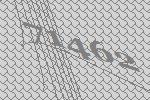
71462